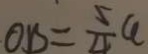
O B = \frac { 5 } { 4 } a